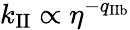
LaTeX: k_{\mathrm{II}}\propto\eta^{-q_{\mathrm{IIb}}}